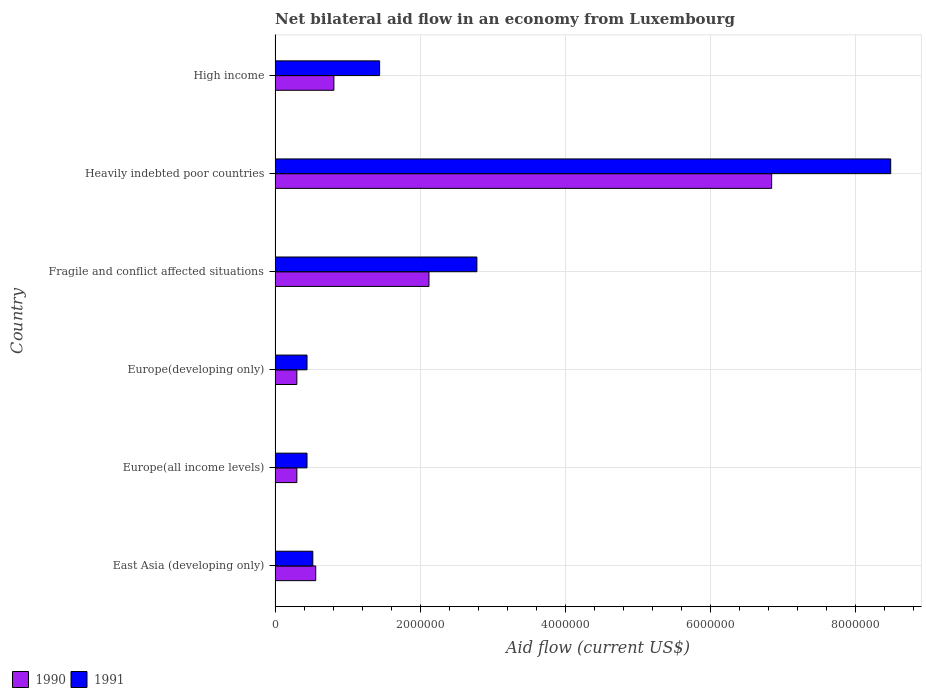
| Country | 1990 | 1991 |
 | --- | --- | --- |
 | East Asia (developing only) | 5.6e+05 | 5.2e+05 |
 | Europe(all income levels) | 3e+05 | 4.4e+05 |
 | Europe(developing only) | 3e+05 | 4.4e+05 |
 | Fragile and conflict affected situations | 2.12e+06 | 2.78e+06 |
 | Heavily indebted poor countries | 6.84e+06 | 8.48e+06 |
 | High income | 8.1e+05 | 1.44e+06 |